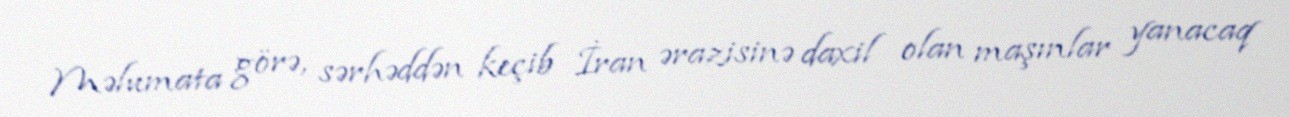
Məlumata görə, sərhəddən keçib İran ərazisinə daxil olan maşınlar yanacaq